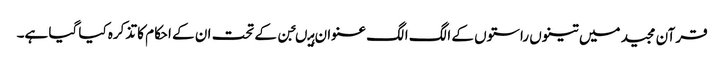
قرآن مجید میں تینوں راستوں کے الگ الگ عنوان ہیںجن کے تحت ان کے احکام کا تذکرہ کیا گیا ہے۔